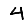
Digit: 4